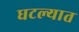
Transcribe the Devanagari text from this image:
घटल्यात